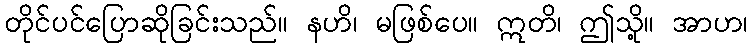
တိုင်ပင်ပြောဆိုခြင်းသည်။ နဟိ၊ မဖြစ်ပေ။ ဣတိ၊ ဤသို့။ အာဟ၊